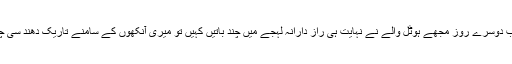
مگر جب دوسرے روز مجھے ہوٹل والے نے نہایت ہی راز دارانہ لہجے میں چند باتیں کہیں تو میری آنکھوں کے سامنے تاریک دُھند سی چھا گئی۔